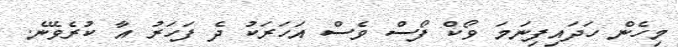
މިހެން ހަދައިފިނަމަ ވޯކް ފޯސް ވެސް އަހަރަކު ދެ ފަހަރު އާ ކުރެވޭނެ.